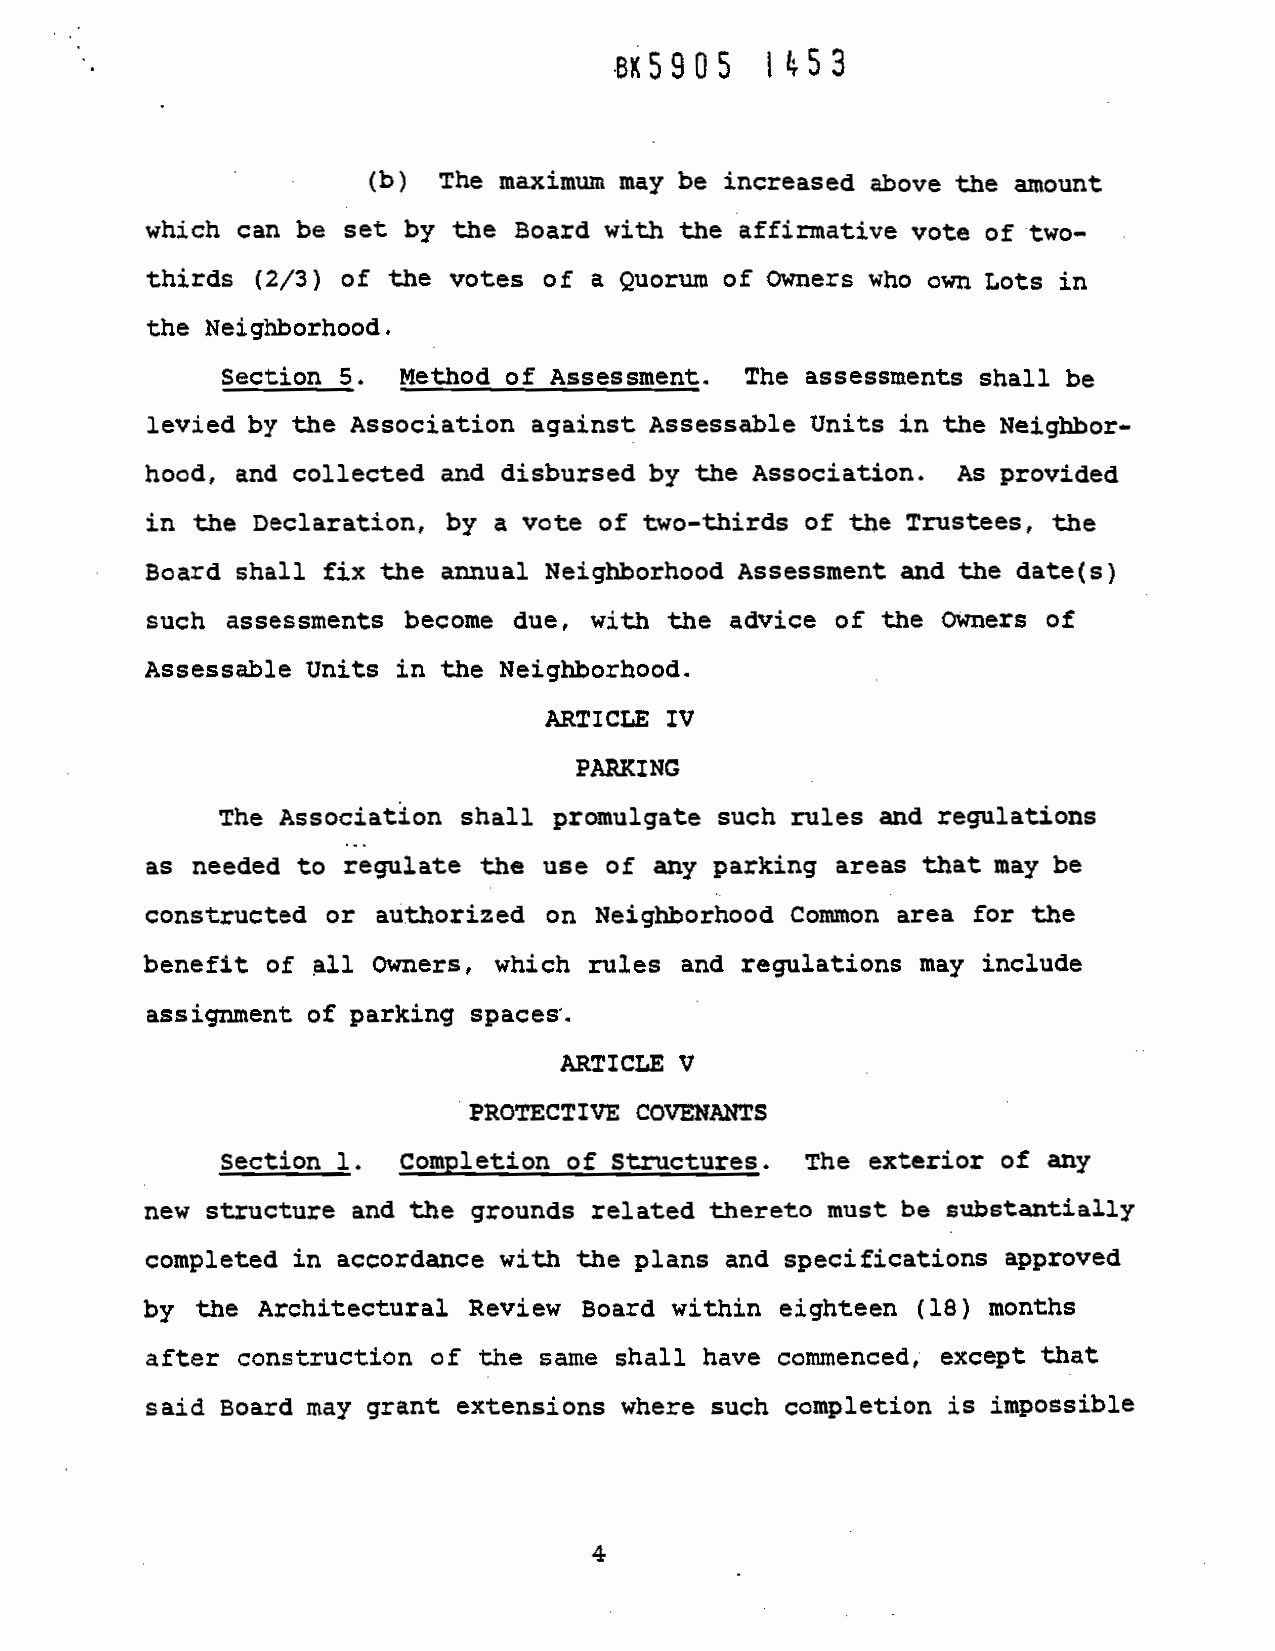
8x5905   1453
 (b)  The maximum  may be increased
 above the amount
 which can be set by the Board with
 the affirmative vote of
 two-
 thirds (2/3) of the votes of
 a Quorum of Owners who own Lots in
 the
 Neighborhood.
 Section
 5.  Method of Assessment.  The
 assessments shall be
 levied by the Association against
 Assessable Units in the Neighbor..
 hood, and collected and disbursed
 by the Association. As provided
 in the Declaration, by a vote
 of two-thirds of the Trustees, the
 Board shall fix the annual Neighborhood
 Assessment and the date(s)
 such assessments become due, with the
 advice of the Owners of
 Units in the
 Assessable
 Neighborhood.
 ARTICLE IV
 PABXING
 The
 AssociatIon shall promulgate such rules and regulatiQns
 as needed to regulate the use of any
 parking areas that may be
 constructed  or authorized Ofl
 Neighborhood Common   area for the
 benefit
 of all  Owners, which flies and
 regulations may include
 assigmnent of parking spaces.
 ARTICLE V
 PROTECTIVE COVENMTS
 Section 1.  completion of Structures.
 The exterior of any
 new  structure and the grounds related thereto
 must  be substantially
 completed in
 accordance with the plans and specifications
 approved
 by the Architectural  Review Board within
 eighteen (18) months
 after construction  of the
 same shall have commenced, except that
 said Board may grant extensions where
 such completion is impossible
 4